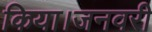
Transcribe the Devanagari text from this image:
किया।जनवरी